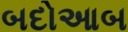
બદોઆબ